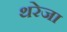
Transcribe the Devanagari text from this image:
थरेजा